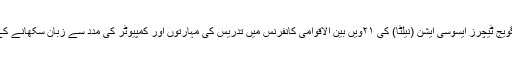
اساتذہ نے کٹھمنڈو میں نیپال انگلش لینگویج ٹیچرز ایسوسی ایشن (نیلٹا) کی ۲۱ویں بین الاقوامی کانفرنس میں تدریس کی مہارتوں اور کمپیوٹر کی مدد سے زبان سکھانے کے بارے میں اپنے خیالات کااظہار کیا۔